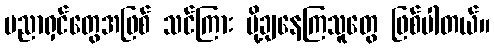
ပညာရှင်တွေအဖြစ် သင်ကြား ပို့ချနေကြသူတွေ ဖြစ်ပါတယ်။